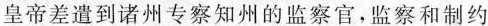
皇帝差遣到诸州专察知州的监察官，监察和制约